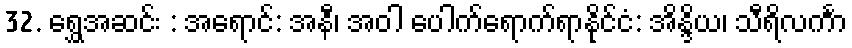
32. ရွှေအဆင်း : အရောင်: အနီ၊ အဝါ ပေါက်ရောက်ရာနိုင်ငံ: အိန္ဒိယ၊ သီရိလင်္ကာ